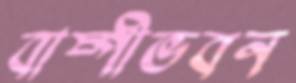
বাষ্পীভবন